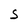
Character: S